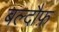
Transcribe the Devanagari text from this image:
बल्दौफ़